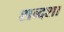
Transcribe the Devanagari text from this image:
शब्दशा